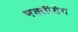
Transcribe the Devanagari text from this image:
भक्तीयेग